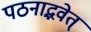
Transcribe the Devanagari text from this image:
पठनाद्भवेत्